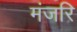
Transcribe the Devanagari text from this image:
मंजरि